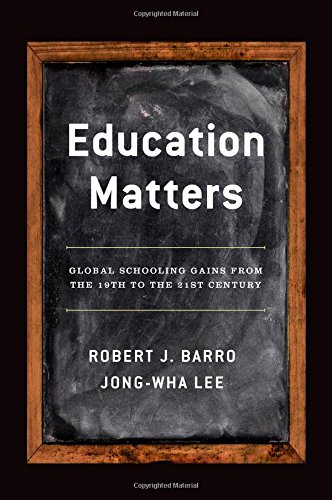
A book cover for Education Matters: Global Schooling Gains from the 19th to the 21st Century; Robert J. Barro; Business & Money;